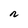
Character: r